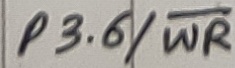
Text: P3.6/WR